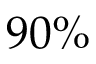
9 0 \%